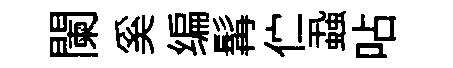
闌奚编髯伫蝨呫